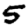
Digit: 5